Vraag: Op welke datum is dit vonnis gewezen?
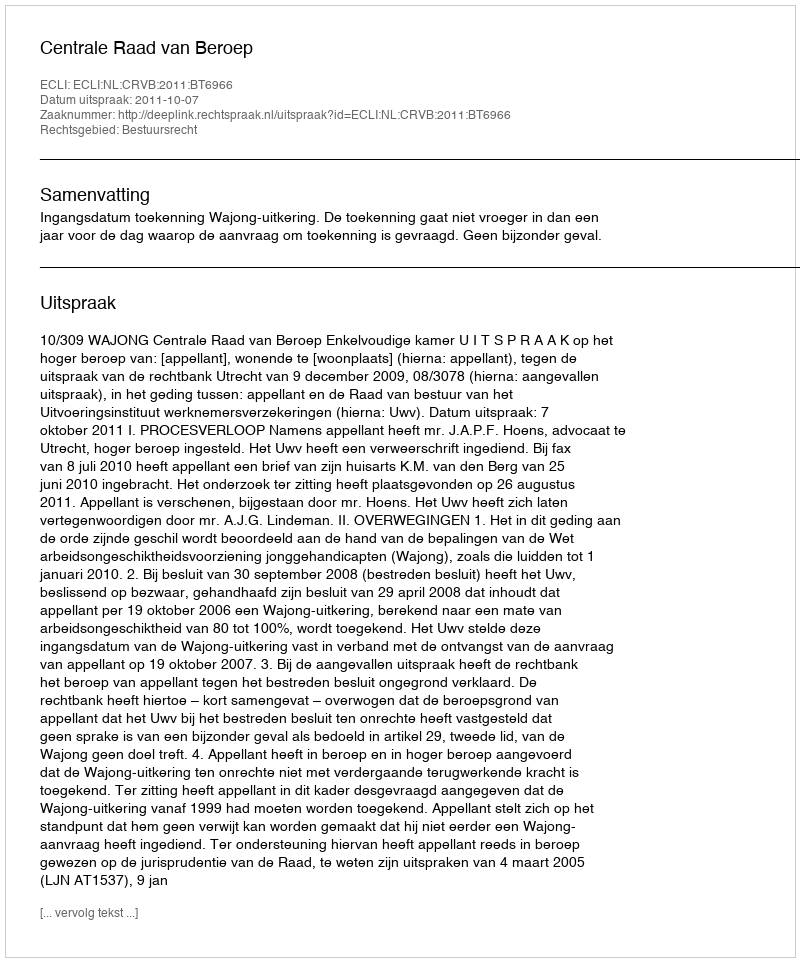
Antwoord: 2011-10-07